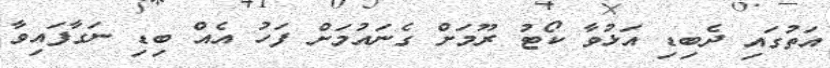
އަތުގައި ދެބިޑި އަޅުވާ ކޯޓު ރޫމަށް ގެނައުމަށް ފަހު އެއް ބިޑި ނަގާފައިވާ